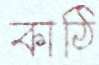
কাঠি